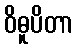
ဝိဓူပိတာ